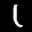
Label: 1